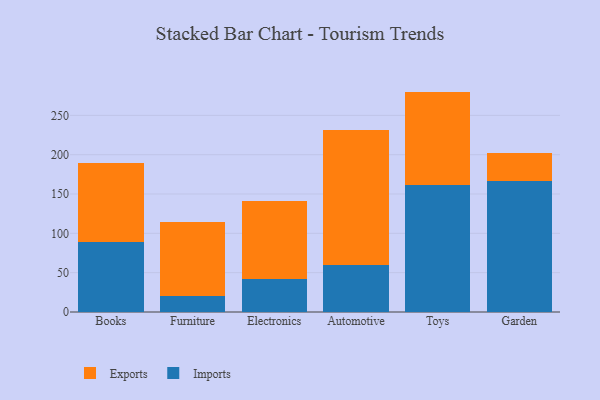
{"axis": {"x": "Category", "y": "Budget (USD K)"}, "legend": ["Exports", "Imports"], "data": [{"x": "Books", "y": 89.1, "type": "Imports"}, {"x": "Books", "y": 99.9, "type": "Exports"}, {"x": "Furniture", "y": 20.1, "type": "Imports"}, {"x": "Furniture", "y": 94.4, "type": "Exports"}, {"x": "Electronics", "y": 41.4, "type": "Imports"}, {"x": "Electronics", "y": 100.0, "type": "Exports"}, {"x": "Automotive", "y": 60.1, "type": "Imports"}, {"x": "Automotive", "y": 171.5, "type": "Exports"}, {"x": "Toys", "y": 160.9, "type": "Imports"}, {"x": "Toys", "y": 119.3, "type": "Exports"}, {"x": "Garden", "y": 166.1, "type": "Imports"}, {"x": "Garden", "y": 35.6, "type": "Exports"}]}